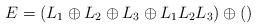
LaTeX: \begin{align*}E = (L_1\oplus L_2 \oplus L_3 \oplus L_1L_2L_3) \oplus ()\end{align*}